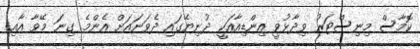
ކޮމާސް މިނިސްޓަރު ވިދާޅުވީ އިންޑިއާއަކީ ދުނިޔޭގައި ދެވަނައަށް އެންމެ ގިނަ މޭވާ އާއި